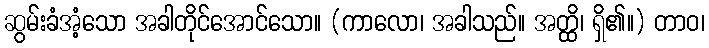
ဆွမ်းခံအံ့သော အခါတိုင်အောင်သော။ (ကာလော၊ အခါသည်။ အတ္ထိ၊ ရှိ၏။) တာဝ၊